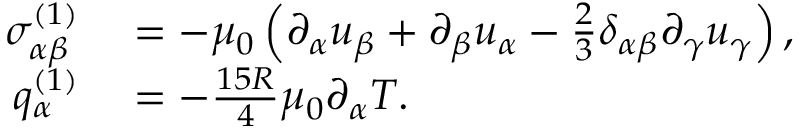
\begin{array} { r l } { \sigma _ { \alpha \beta } ^ { ( 1 ) } } & { { } = - \mu _ { 0 } \left( \partial _ { \alpha } u _ { \beta } + \partial _ { \beta } u _ { \alpha } - \frac { 2 } { 3 } \delta _ { \alpha \beta } \partial _ { \gamma } u _ { \gamma } \right) , } \\ { q _ { \alpha } ^ { ( 1 ) } } & { { } = - \frac { 1 5 R } { 4 } \mu _ { 0 } \partial _ { \alpha } T . } \end{array}